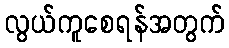
လွယ်ကူစေရန်အတွက်